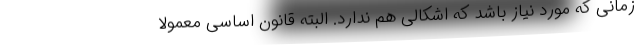
زمانی که مورد نیاز باشد که اشکالی هم ندارد. البته قانون اساسی معمولاً